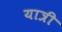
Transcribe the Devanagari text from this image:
यात्री